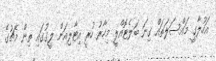
އަހުލާގީ މައްސަލަތައް ގިނަ ބަލެޓޮއްލީ މިހާރު ހުރީ އިޓާލިއަން ލީގުގައި ތިން މެޗުގެ